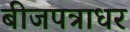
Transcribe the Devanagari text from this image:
बीजपत्राधर